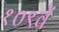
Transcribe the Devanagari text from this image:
१०९वें